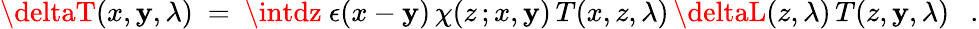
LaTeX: \deltaT(x,\mathbf{y},\lambda)~=~\intdz~\epsilon(x-\mathbf{y})\, \chi(z\, ;x,\mathbf{y})\, T(x,z,\lambda)\, \deltaL(z,\lambda)\, T(z,\mathbf{y},\lambda)~~~.